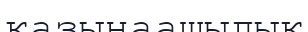
қазынаашылық